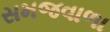
સમજવાળા